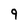
Character: 9